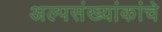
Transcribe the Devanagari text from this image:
अल्पसंख्यांकांचे